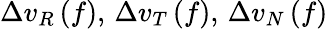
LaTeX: \Delta v_{R}\left(f\right),\, \Delta v_{T}\left(f\right),\, \Delta v_{N}\left(f\right)